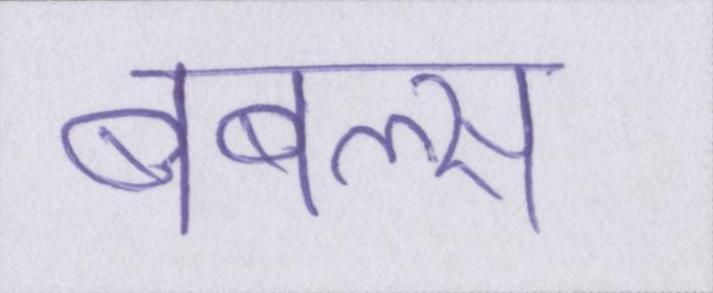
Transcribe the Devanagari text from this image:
बबल्स